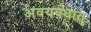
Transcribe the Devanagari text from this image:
अवयवधातु